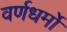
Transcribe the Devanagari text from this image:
वर्णधर्मों